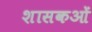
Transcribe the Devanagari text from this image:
शासकओं